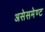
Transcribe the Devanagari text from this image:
असेसमेण्ट